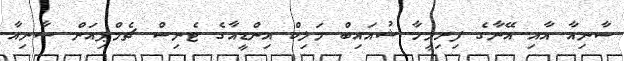
ސާނިއާ އާއި އޭނާގެ ފިރިމީހާ ޝުއައިބް މަލިކް އިންޑީއާގެ ޓެނިސް ޗެމްޕިއަން ސާނިއާ